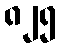
၈၂၅